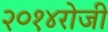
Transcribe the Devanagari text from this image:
२०१४रोजी